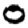
Digit: 0